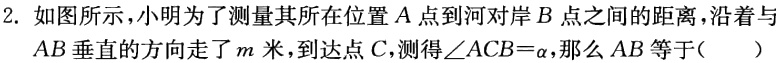
2. 如图所示，小明为了测量其所在位置\(A\)点到河对岸\(B\)点之间的距离，沿着与\(AB\)垂直的方向走了\(m\)米，到达点\(C\)，测得\(\angle ACB = \alpha\)，那么\(AB\)等于（  ）